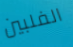
الفلبين